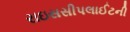
રાઇસસીપલાઈટની